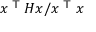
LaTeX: x ^ { \textsf { T } } H x / x ^ { \textsf { T } } x